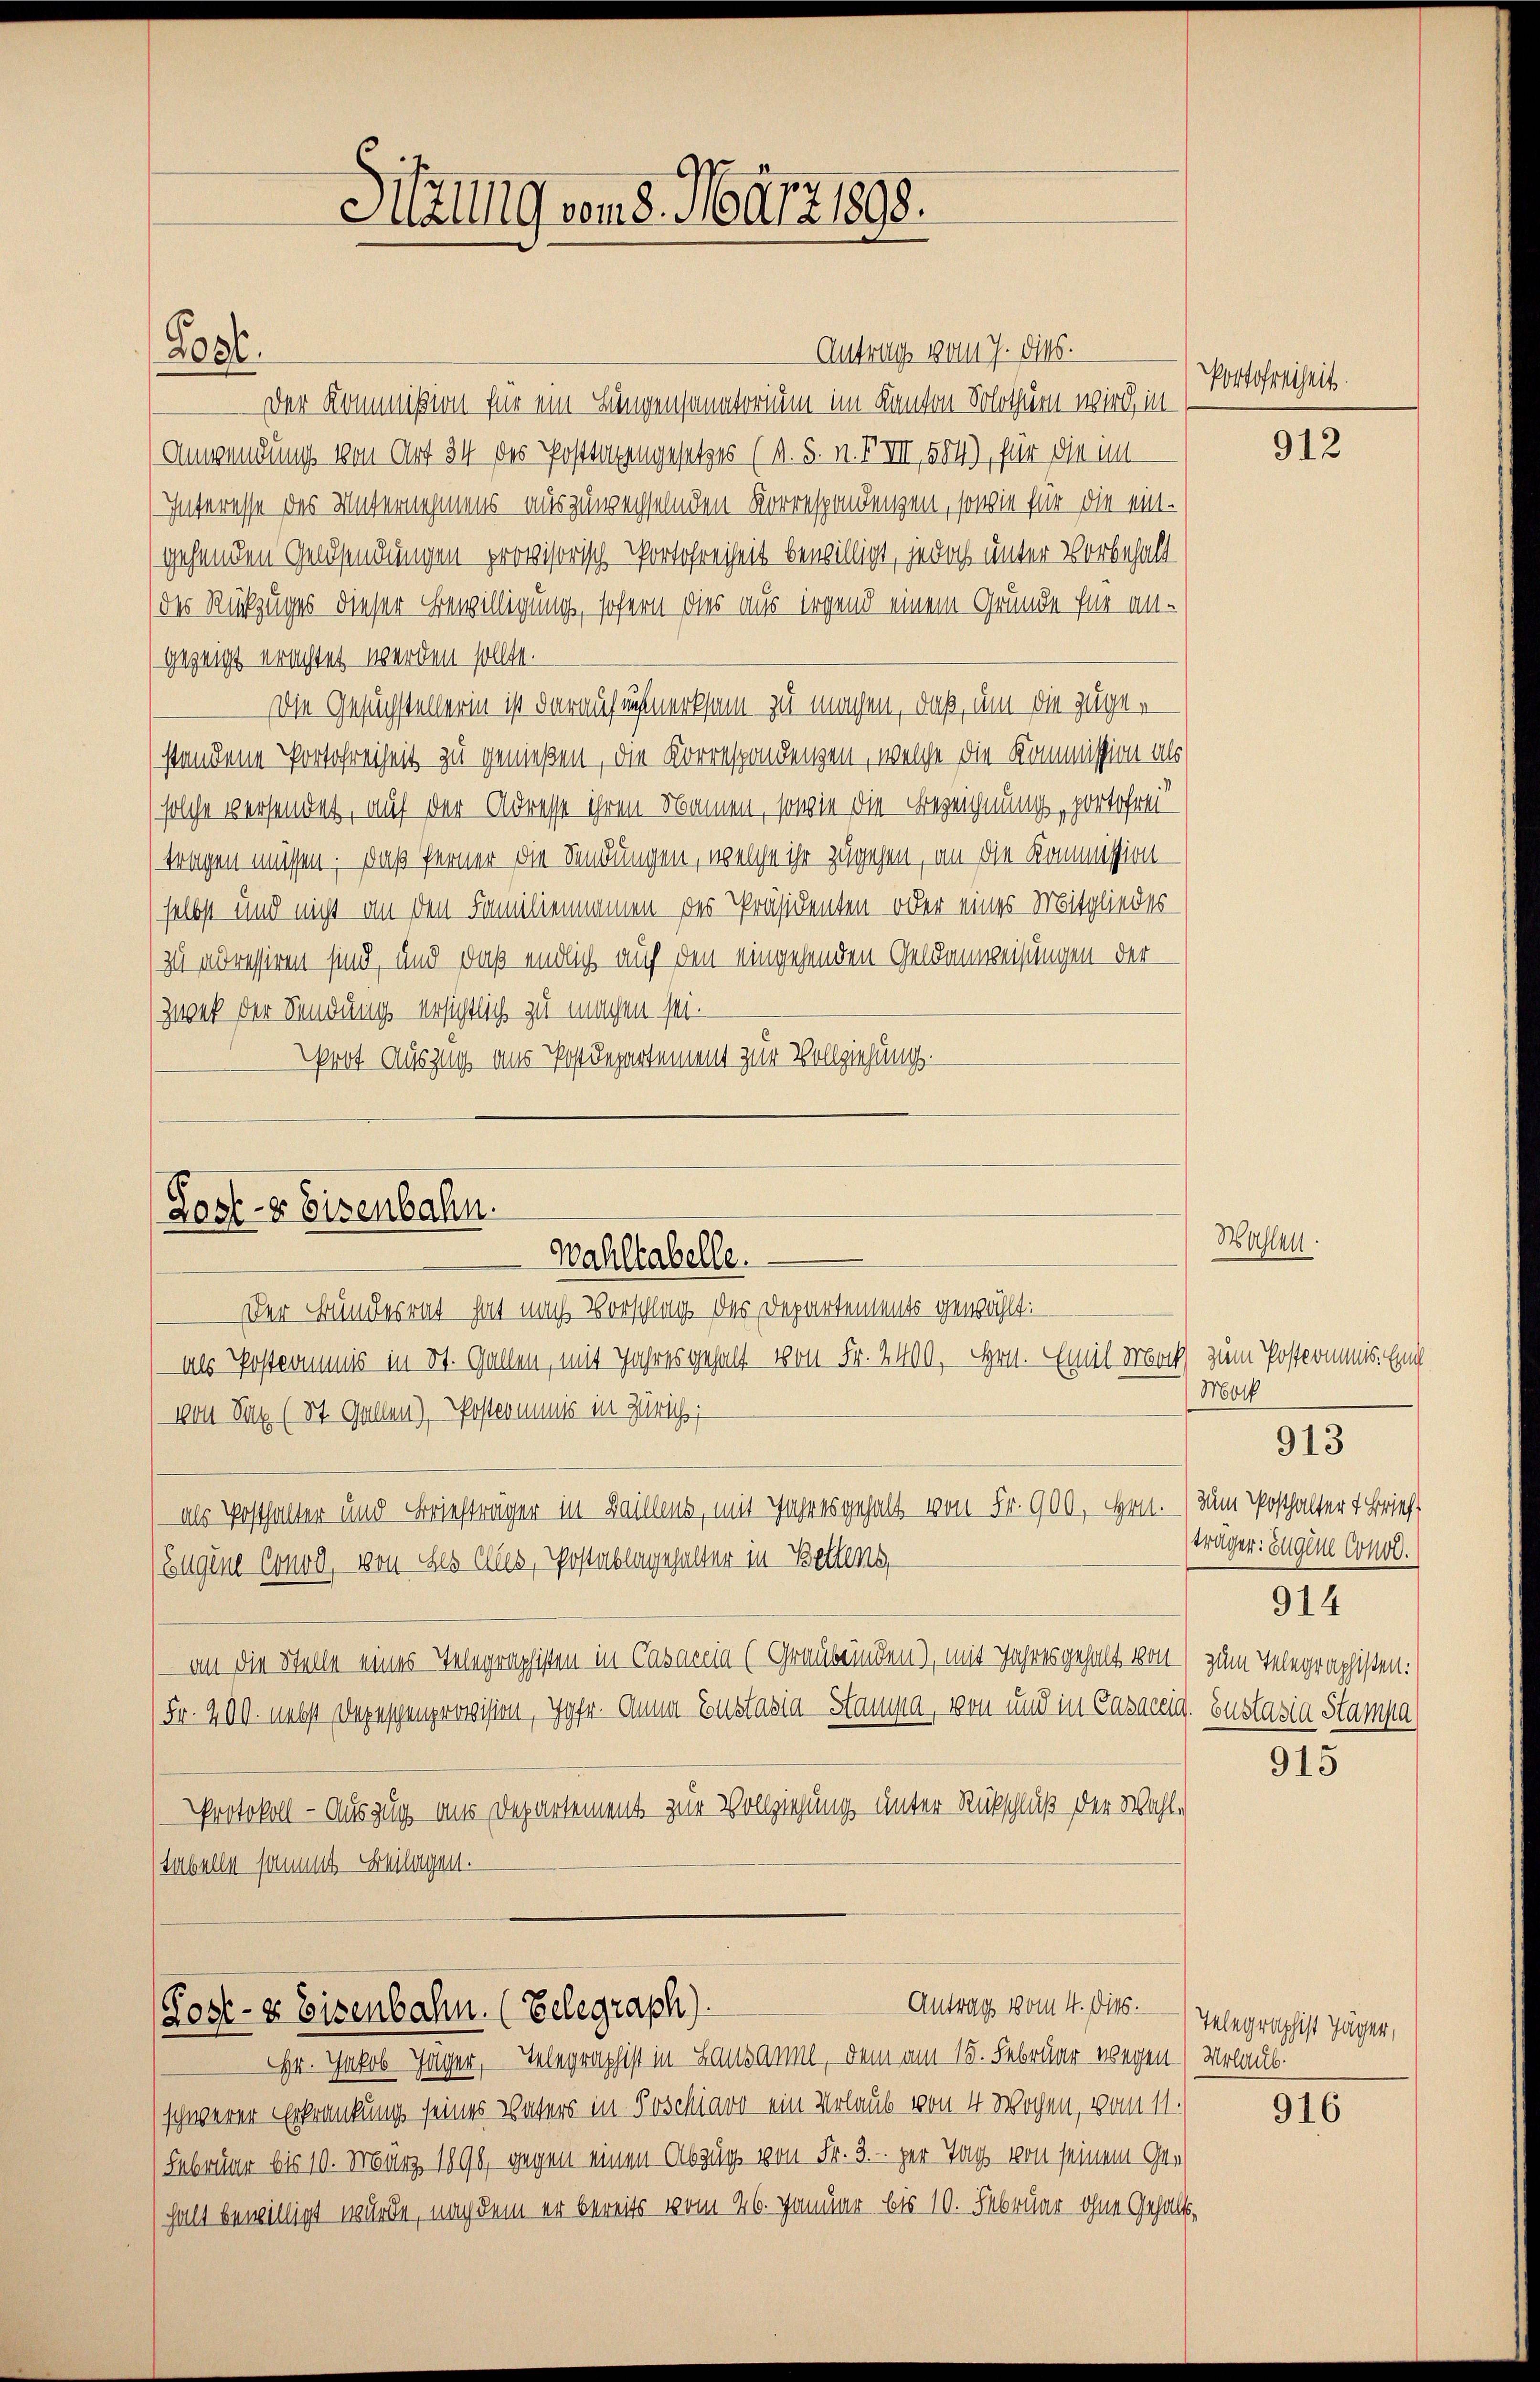
Logl.

Antrag vom 7. dies.
Der Kommißion für ein Lungensanatorium im Kanton Solothurn wird, in
Anwendung von Art 34 des Posttagengesetzes (A. 5. n. F. VII, 584), für die im
Interesse des Unternehmens auszuwechselnden Korrespondenzen, sowie für die eingehenden Geldsendungen provisorisch Portofreiheit bewilligt, jedoch unter Vorbehalt
des Rückzuges dieser Bewilligung, sofern dies aus irgend einem Gründe für all-
gezeigt erachtet werden sollte.
Die Gesuchstellerin ist darauf unmerksam zu machen, daß, um die zuger
standene Portofreiheit zu genießen, die Korrespondenzen, welche die Kommission als
solche versendet, auf der Adresse ihren Namen, sowie die Bezeichnung, portofrei
tragen müssen. Daß ferner die Sendungen, welche ihr zugehen, an die Kommissionselbst und nicht an den Familiammmen des Präsidenten oder eines Mitgliedes
zu adressiren sind, und daß endlich auf den eingehenden Geldanweisungen der
Zwek der Sendung ersichtlich zu machen sei.
rot Auszug aus Postdepartement zur Vollziehung.

Lostr Eisenbahn.
Wahllabelle.
Der Bundesrat hat nach Vorschlag des Departements gewählt:

Post- & Eisenbahn. (Belegraph).

Hilzung vom 8. März 1893.

Hr. Jakob Jager, Telegraphist in Lausanne, dem am 15. Februar wegen
schwerer Erkrankung seines Vaters in Poschiavo ein Urlaub von 4 Wochen, vom 11.
Februar bis 10. März 1890, gegen einen Abzug von Fr. 3. per Tag von seinem Gehalt bewilligt würde, nach dem er bereits vom 26. Januar bis 10. Februar ohne Gehalt¬

als Postkommis in St. Gallen, mit Jahres gehalt von Fr. 2400. Hrn. Emil Brock zum Postkommis. End
von Sie (St. Gallen), Postcommis in Zürich,
als Posthalter und Briefträger in Baillens, mit Jahres gehalt von Fr. 900, Hrn. (zum Posthalter Brief
Eugene Conod, von des Alles, Postablagehalter in Bellens
an die Stelle eines Telegraphisten in Casaccia (Graubünden), mit Jahresgehalt von zum Telegraphisten:
(Fr. 200. nebst Depeschenprovision, Hofe. Anna Gustasia - Stampa, von und in Casaceig. Zustasia Stampa
Protokoll - Auszug aus Departement zur Vollziehung unter Rückschluß der Wahl-
Tabelle sammt- Enilingen.

Antrag vom 4. Okts. — Telegraphist Jäger,

Portofreiheit.

Wahlen

912

Moth
träger: Eugen Concl.
914

913

915

Mrlaub.

916